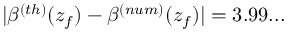
| \beta ^ { ( t h ) } ( z _ { f } ) - \beta ^ { ( n u m ) } ( z _ { f } ) | = 3 . 9 9 . . .